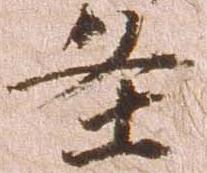
条